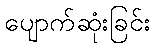
ပျောက်ဆုံးခြင်း